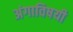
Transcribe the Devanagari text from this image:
अंगाविषयी